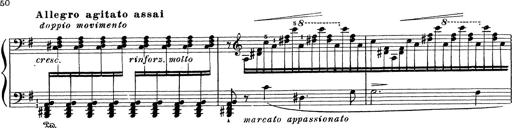
Title: Grosses Konzertsolo
Composer: Franz Liszt